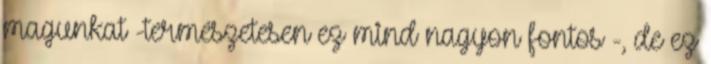
magunkat -természetesen ez mind nagyon fontos -, de ez